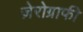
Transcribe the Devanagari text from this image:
ज़ेरोग्राफी